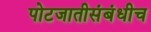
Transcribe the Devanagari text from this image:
पोटजातीसंबंधीच